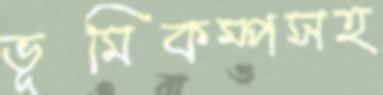
ভূমিকম্পসহ